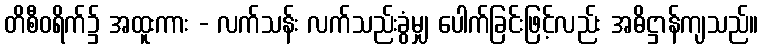
တိစီဝရိက်၌ အထူးကား - လက်သန်း လက်သည်းခွံမျှ ပေါက်ခြင်းဖြင့်လည်း အဓိဋ္ဌာန်ကျသည်။